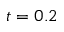
t = 0 . 2